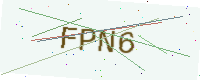
Text: FPN6